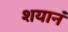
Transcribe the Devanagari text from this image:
शयानं